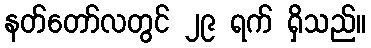
နတ်တော်လတွင် ၂၉ ရက် ရှိသည်။